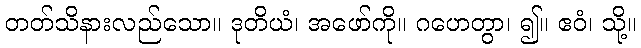
တတ်သိနားလည်သော။ ဒုတိယံ၊ အဖော်ကို။ ဂဟေတွာ၊ ၍။ ဧဝံ၊ သို့။